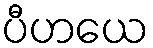
ပီဟယေ